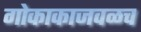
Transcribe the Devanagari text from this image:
गोकाकाजवळच